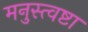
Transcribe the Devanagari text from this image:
मनुस्त्वष्टा